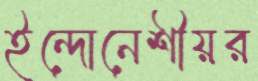
ইন্দোনেশীয়র